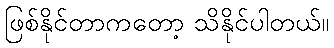
ဖြစ်နိုင်တာကတော့ သိနိုင်ပါတယ်။